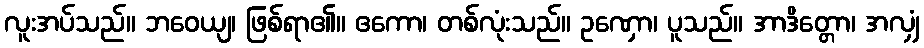
လူးအပ်သည်။ ဘဝေယျ၊ ဖြစ်ရာ၏။ ဧကော၊ တစ်လုံးသည်။ ဥဏှော၊ ပူသည်။ အာဒိတ္တော၊ အလျှံ